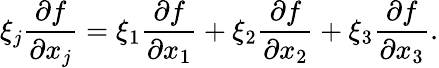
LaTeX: \xi_{j}\frac{\partial f}{\partial x_{j}}=\xi_{1}\frac{\partial f}{\partial x_{1}}+\xi_{2}\frac{\partial f}{\partial x_{2}}+\xi_{3}\frac{\partial f}{\partial x_{3}}.